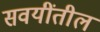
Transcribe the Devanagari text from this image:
सवयींतील